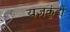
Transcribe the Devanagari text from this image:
यज्ञकुंडों